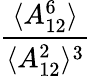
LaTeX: \frac{\langle A_{12}^{6}\rangle}{\langle A_{12}^{2}\rangle^{3}}